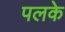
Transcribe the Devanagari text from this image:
पलके